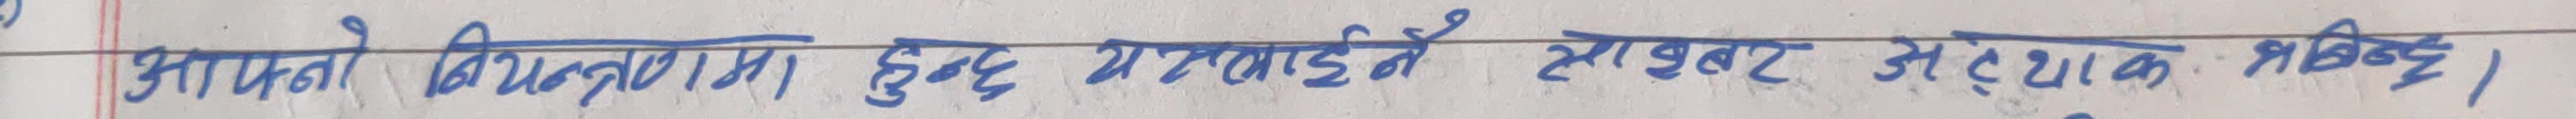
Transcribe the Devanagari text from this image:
आपन्नो विद्युतमा हुँदा गाउँमा सा बट अत्यधिक बढ्छ।